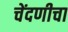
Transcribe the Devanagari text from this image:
चेंदणीचा